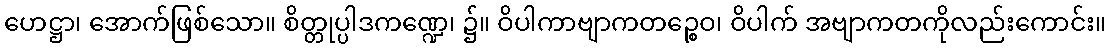
ဟေဋ္ဌာ၊ အောက်ဖြစ်သော။ စိတ္တုပ္ပါဒကဏ္ဍေ၊ ၌။ ဝိပါကာဗျာကတဉ္စေဝ၊ ဝိပါက် အဗျာကတကိုလည်းကောင်း။